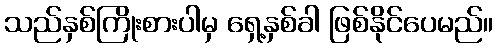
သည်နှစ်ကြိုးစားပါမှ ရှေ့နှစ်ခါ ဖြစ်နိုင်ပေမည်။